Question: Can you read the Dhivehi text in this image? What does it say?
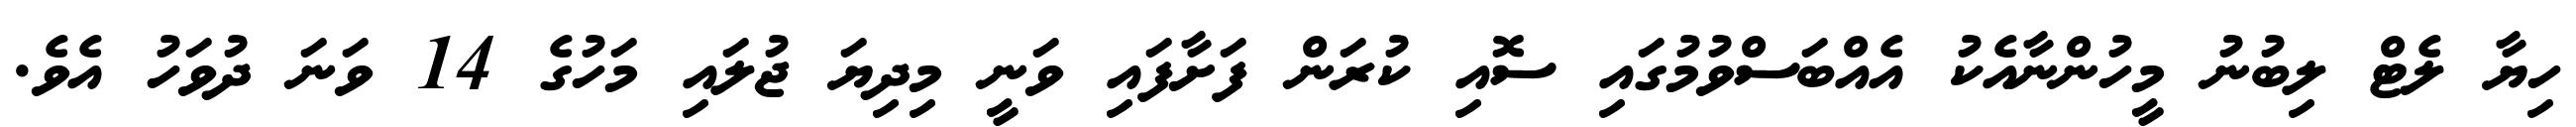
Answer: ހިޔާ ލެޓް ލިބުނު މީހުންނާއެކު އެއްބަސްވުމުގައި ސޮއި ކުރަން ފަށާފައި ވަނީ މިދިޔަ ޖުލައި މަހުގެ 14 ވަނަ ދުވަހު އެވެ.